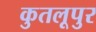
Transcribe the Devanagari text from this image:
कुतलूपुर